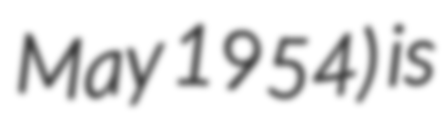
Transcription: May 1954) is